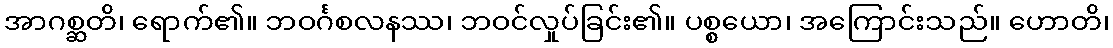
အာဂစ္ဆတိ၊ ရောက်၏။ ဘဝင်္ဂစလနဿ၊ ဘဝင်လှုပ်ခြင်း၏။ ပစ္စယော၊ အကြောင်းသည်။ ဟောတိ၊